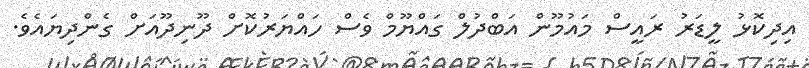
އިދިކޮޅު ލީޑަރު ރައީސް މައުމޫން އަބްދުލް ގައްޔޫމް ވެސް ހައްޔަރުކޮށް ދޫނިދޫއަށް ގެންދިޔައެވެ.